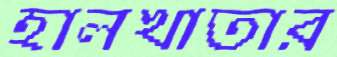
হালখাতার